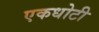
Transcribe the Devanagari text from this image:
एकधोटी